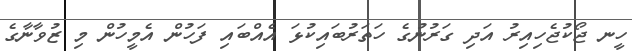
ހީނ ޖޯކުޖެހިއިރު އަދި ގަރުނުގެ ހަތަރުބައިކުޅަ އެއްބައި ފަހުން އެމީހުން މި ޒުވާނާގެ